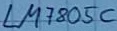
Text: LM805C